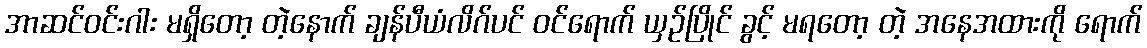
အာဆင်ဝင်းဂါး မရှိတော့ တဲ့နောက် ချန်ပီယံလိဂ်ပင် ဝင်ရောက် ယှဉ်ပြိုင် ခွင့် မရတော့ တဲ့ အနေအထားကို ရောက်